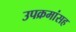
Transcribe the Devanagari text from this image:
उपक्रमांसह